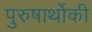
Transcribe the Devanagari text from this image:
पुरुषार्थोकी